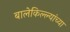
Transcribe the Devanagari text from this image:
बालेकिल्ल्यांच्या